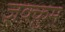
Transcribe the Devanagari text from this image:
ज़क़्क़ुम्